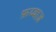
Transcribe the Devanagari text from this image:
फ़य्याज़